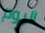
اليوم